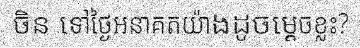
ចិន ទៅថ្ងៃអនាគតយ៉ាងដូចម្តេចខ្លះ?